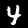
Label: 4